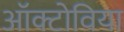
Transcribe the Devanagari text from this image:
ऑक्टोविया